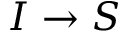
I \rightarrow S